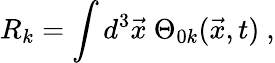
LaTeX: R_{k}=\int d^{3}\vec{x}~\Theta_{0k}(\vec{x},t)~,